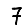
Digit: 7